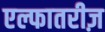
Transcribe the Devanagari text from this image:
एल्फातरीज़